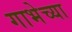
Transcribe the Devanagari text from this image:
गाभेच्या